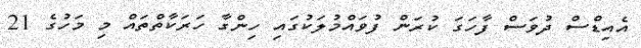
އެއިޑްސް ދުވަސް ފާހަގަ ކުރަން ފުވައްމުލަކުގައި ހިންގާ ހަރަކާތްތައް މި މަހުގެ 21